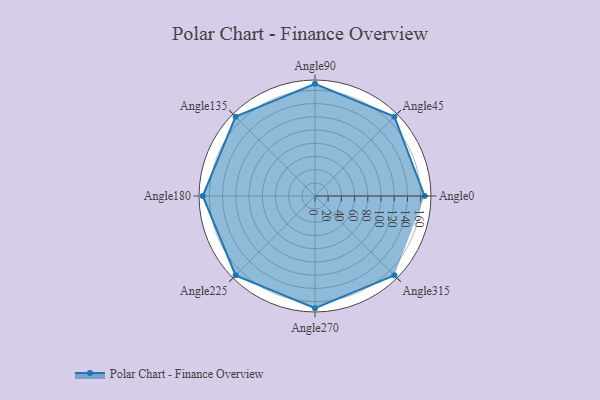
{"axis": {"x": "Angle", "y": "Radius"}, "legend": [""], "data": [{"x": "Angle0", "y": 166.0, "type": ""}, {"x": "Angle45", "y": 170, "type": ""}, {"x": "Angle90", "y": 170.0, "type": ""}, {"x": "Angle135", "y": 170, "type": ""}, {"x": "Angle180", "y": 170, "type": ""}, {"x": "Angle225", "y": 170, "type": ""}, {"x": "Angle270", "y": 170, "type": ""}, {"x": "Angle315", "y": 170, "type": ""}]}